Note on surra in camels for commandants of camel corps
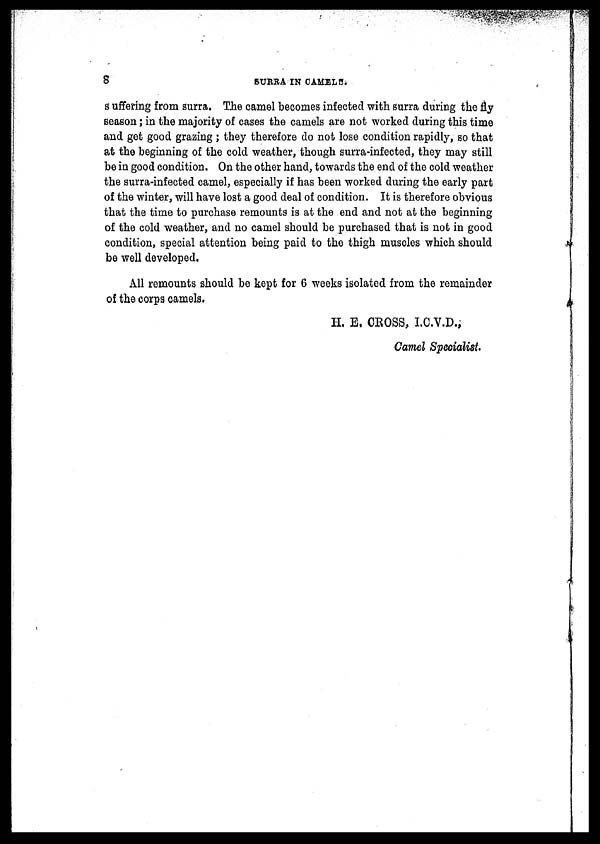
8
SURRA IN CAMELS.
suffering from surra. The camel becomes infected with surra during the fly
season; in the majority of cases the camels are not worked during this time
and get good grazing; they therefore do not lose condition rapidly, so that
at the beginning of the cold weather, though surra-infected, they may still
be in good condition. On the other hand, towards the end of the cold weather
the surra-infected camel, especially if has been worked during the early part
of the winter, will have lost a good deal of condition. It is therefore obvious
that the time to purchase remounts is at the end and not at the beginning
of the cold weather, and no camel should be purchased that is not in good
condition, special attention being paid to the thigh muscles which should
be well developed.
All remounts should be kept for 6 weeks isolated from the remainder
of the corps camels.
H. E. CROSS, I.C.V.D.;
Camel Specialist.